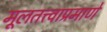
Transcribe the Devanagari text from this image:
मूलतत्त्वाप्रमाणे